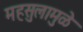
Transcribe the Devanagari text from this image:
महसुलामुळे